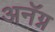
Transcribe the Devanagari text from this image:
अनॅग्न